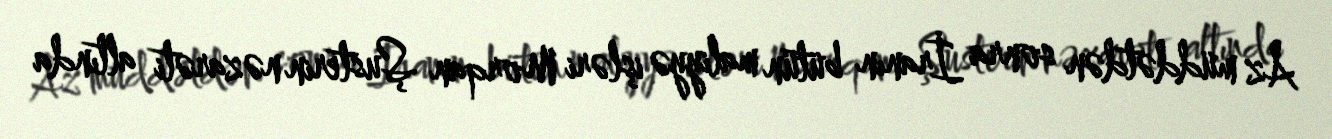
Az müddətdən sonra İranın bütün maliyyə işləri Morqan Şusterin nəzarəti altında